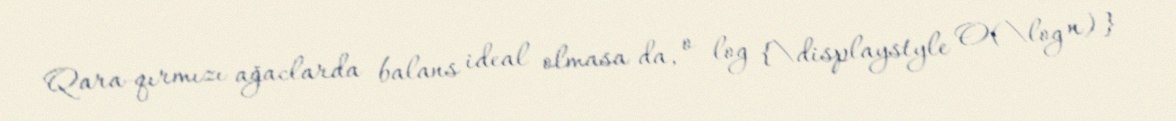
Qara-qırmızı ağaclarda balans ideal olmasa da, o log {\displaystyle O(\log n)}